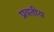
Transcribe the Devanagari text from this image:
प्रवतीय